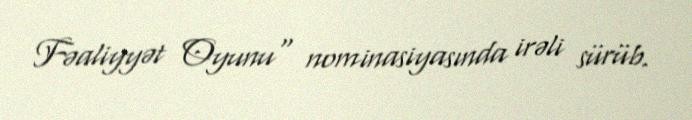
Fəaliyyət Oyunu" nominasiyasında irəli sürüb.